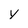
Character: y